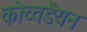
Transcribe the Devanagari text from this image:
कोच्चडैयन